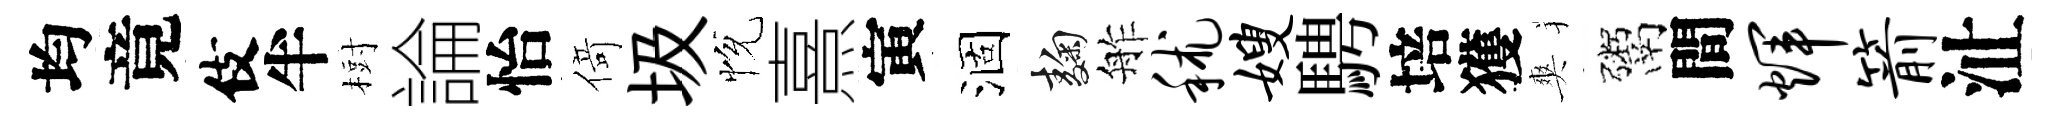
均竟伎半𣗳論怡𠋣圾恱熹寅涸麹舴秫嫂騁培獲爽鬻間辉箭沚